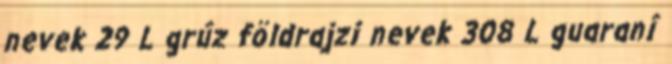
nevek‎ 29 L grúz földrajzi nevek‎ 308 L guaraní